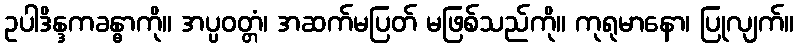
ဥပါဒိန္ဒကခန္ဓာကို။ အပ္ပဝတ္တံ၊ အဆက်မပြတ် မဖြစ်သည်ကို။ ကုရုမာနော၊ ပြုလျက်။